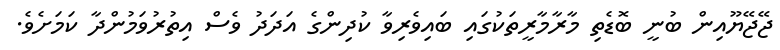
ޖޭޖޭޔޫއިން ބުނީ ބޮޑެތި މާރާމާރީތަކުގަައި ބައިވެރިވާ ކުދިންގެ އަދަދު ވެސް އިތުރުވަމުންދާ ކަމަށެވެ.